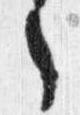
之